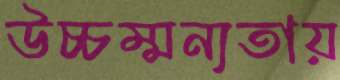
উচ্চম্মন্যতায়